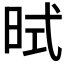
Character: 𪰜